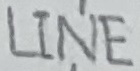
Text: LINE